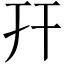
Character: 幵